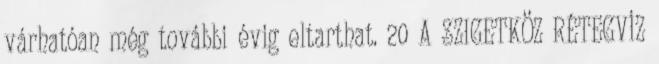
várhatóan még további évig eltarthat. 20 A SZIGETKÖZ RÉTEGVÍZ